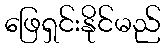
ဖြေရှင်းနိုင်မည်